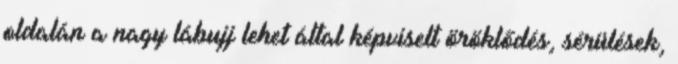
oldalán a nagy lábujj lehet által képviselt öröklődés, sérülések,